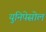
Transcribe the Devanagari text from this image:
युनिपेसोल